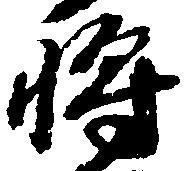
将